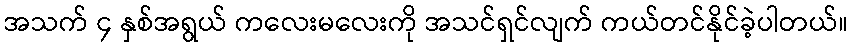
အသက် ၄ နှစ်အရွယ် ကလေးမလေးကို အသင်ရှင်လျက် ကယ်တင်နိုင်ခဲ့ပါတယ်။